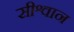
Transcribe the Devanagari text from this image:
सीश्वान